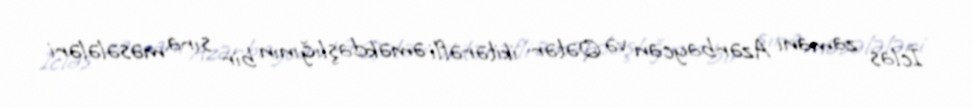
İclas zamanı Azərbaycan və Qətər ikitərəfli əməkdaşlığının bir sıra məsələləri